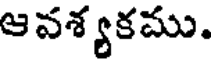
ఆవశ్యకము.